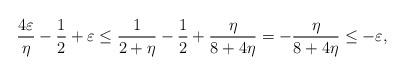
LaTeX: \begin{align*}\frac{4\varepsilon}{\eta} - \frac{1}{2} + \varepsilon \le \frac{1}{2 + \eta} - \frac{1}{2} + \frac{\eta}{8 + 4\eta} = -\frac{\eta}{8 + 4\eta} \le -\varepsilon,\end{align*}